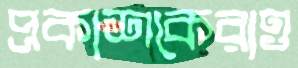
প্রকাশকেরাও